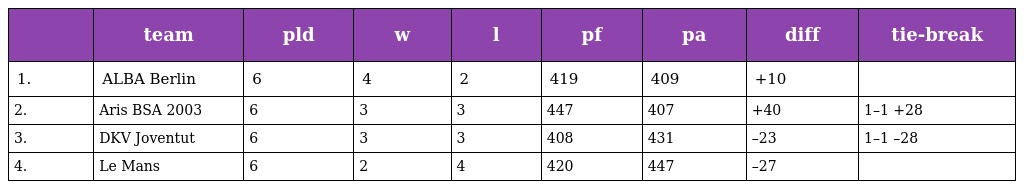
|  | team | pld | w | l | pf | pa | diff | tie-break |
 | --- | --- | --- | --- | --- | --- | --- | --- | --- |
 | 1. | ALBA Berlin | 6 | 4 | 2 | 419 | 409 | +10 |  |
 | 2. | Aris BSA 2003 | 6 | 3 | 3 | 447 | 407 | +40 | 1–1 +28 |
 | 3. | DKV Joventut | 6 | 3 | 3 | 408 | 431 | –23 | 1–1 –28 |
 | 4. | Le Mans | 6 | 2 | 4 | 420 | 447 | –27 |  |